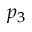
p _ { 3 }